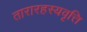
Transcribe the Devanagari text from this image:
तारारहस्यवृत्ति